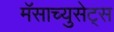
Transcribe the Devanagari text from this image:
मॅसाच्युसेट्स